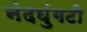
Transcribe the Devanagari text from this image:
नंदघुंगटी